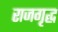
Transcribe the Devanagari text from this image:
राजगृद्ध